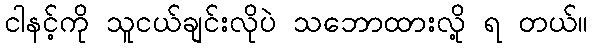
ငါနင့်ကို သူငယ်ချင်းလိုပဲ သဘောထားလို့ ရ တယ်။